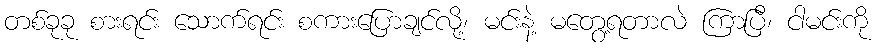
တစ်ခုခု စားရင်း သောက်ရင်း စကားပြောချင်လို့၊ မင်းနဲ့ မတွေ့ရတာလဲ ကြာပြီ၊ ငါမင်းကို